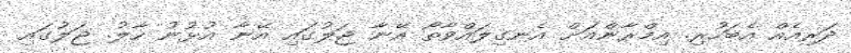
ދަރިއެއް އެބަހުރި. އިމްރާންއަށް އެނގިލައްވާތޯ އޭނާ ޖަލުގައި އޭނާ އުޅުނު ހާލު. ޖަލުގައި